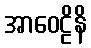
အာဝေဠိနိ